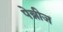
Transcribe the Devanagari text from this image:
पेन्नीज